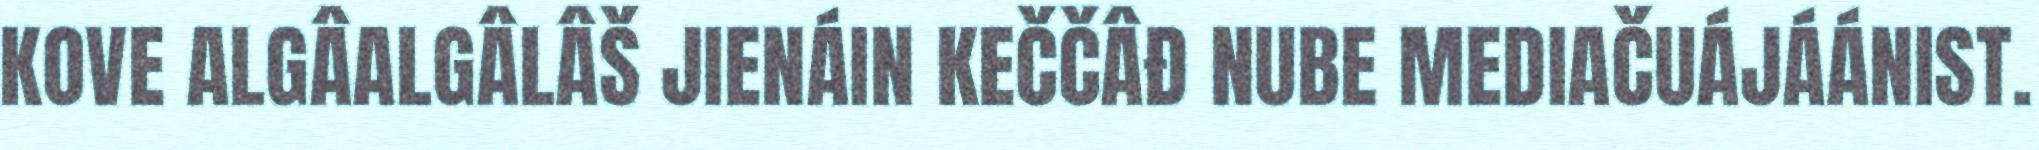
KOVE ALGÂALGÂLÂŠ JIENÁIN KEČČÂĐ NUBE MEDIAČUÁJÁÁNIST.